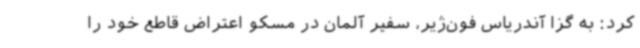
کرد: به گزا آندریاس فون‌ژیر، سفیر آلمان در مسکو اعتراض قاطع خود را